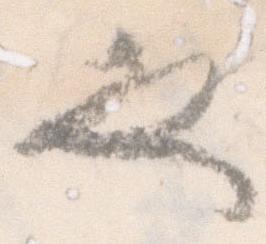
也